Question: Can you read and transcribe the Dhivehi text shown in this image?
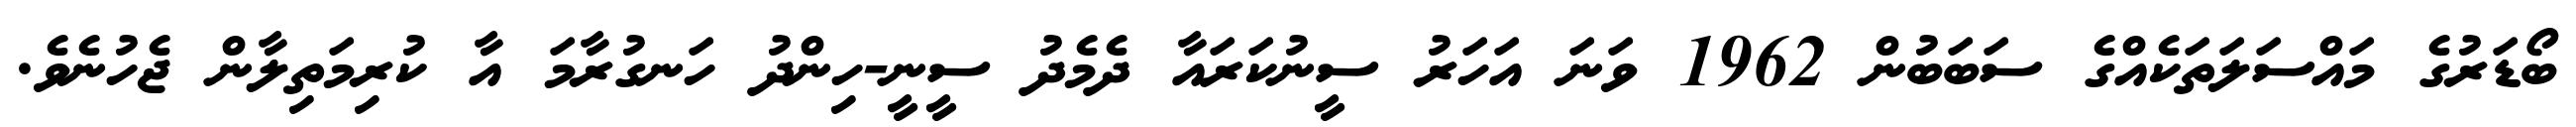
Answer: ބޯޑަރުގެ މައްސަލަތަކެއްގެ ސަބަބުން 1962 ވަނަ އަހަރު ސީނުކަރައާ ދެމެދު ސީނީ-ހިންދު ހަނގުރާމަ އާ ކުރިމަތިލާން ޖެހުނެވެ.